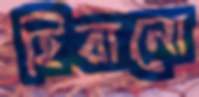
হিরানো